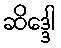
ဆိဒ္ဒေါ